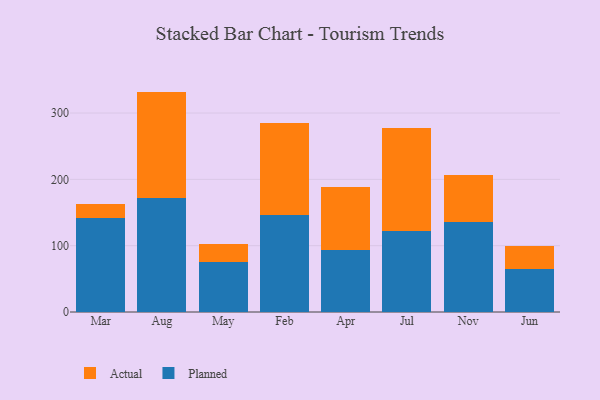
{"axis": {"x": "Month", "y": "Conversion Rate (%)"}, "legend": ["Actual", "Planned"], "data": [{"x": "Mar", "y": 141.0, "type": "Planned"}, {"x": "Mar", "y": 22.2, "type": "Actual"}, {"x": "Aug", "y": 172.5, "type": "Planned"}, {"x": "Aug", "y": 159.8, "type": "Actual"}, {"x": "May", "y": 74.7, "type": "Planned"}, {"x": "May", "y": 27.8, "type": "Actual"}, {"x": "Feb", "y": 146.4, "type": "Planned"}, {"x": "Feb", "y": 138.0, "type": "Actual"}, {"x": "Apr", "y": 93.2, "type": "Planned"}, {"x": "Apr", "y": 95.6, "type": "Actual"}, {"x": "Jul", "y": 121.5, "type": "Planned"}, {"x": "Jul", "y": 156.5, "type": "Actual"}, {"x": "Nov", "y": 136.3, "type": "Planned"}, {"x": "Nov", "y": 69.8, "type": "Actual"}, {"x": "Jun", "y": 64.3, "type": "Planned"}, {"x": "Jun", "y": 34.6, "type": "Actual"}]}